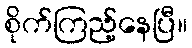
စိုက်ကြည့်နေပြီ။